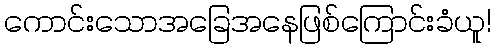
ကောင်းသောအခြေအနေဖြစ်ကြောင်းခံယူ!